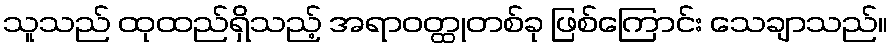
သူသည် ထုထည်ရှိသည့် အရာဝတ္ထုတစ်ခု ဖြစ်ကြောင်း သေချာသည်။